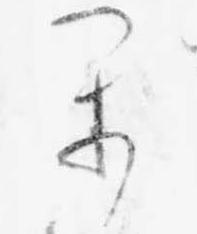
か